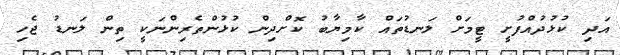
އަދި ކުޅުދުއްފުށީ ޓީމަށް ލަނޑުތައް ކާމިޔާބު ކޮށްދިން ކުޅުންތެރިންނަކީ ތިން ލަނޑު ޖެހި